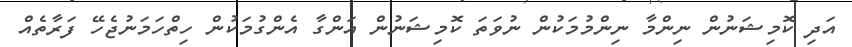
އަދި ކޮމިޝަނުން ނިންމާ ނިންމުމަކުން ނުވަތަ ކޮމިޝަނުން އަންގާ އެންގުމަކުން ހިތްހަމަނުޖެހޭ ފަރާތެއް